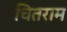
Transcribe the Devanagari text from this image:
चितराम